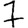
Digit: 7